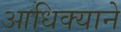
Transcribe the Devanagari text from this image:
आधिक्याने